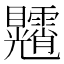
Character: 𥍕